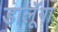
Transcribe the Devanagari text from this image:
डालूॅगा